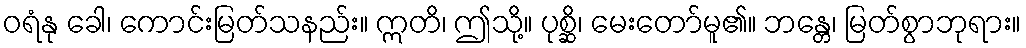
ဝရံနု ခေါ၊ ကောင်းမြတ်သနည်း။ ဣတိ၊ ဤသို့။ ပုစ္ဆိ၊ မေးတော်မူ၏။ ဘန္တေ၊ မြတ်စွာဘုရား။